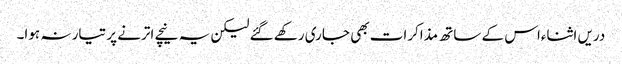
دریں اثناءاس کے ساتھ مذاکرات بھی جاری رکھے گئے لیکن یہ نیچے اترنے پر تیار نہ ہوا۔